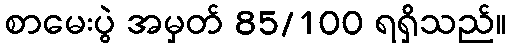
စာမေးပွဲ အမှတ် 85/100 ရရှိသည်။